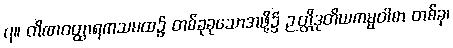
၇။ တိဏဝတ္ထာရကသမထ၌ တစ်ခုခုသောအဖို့၌ ဉတ္တိဒုတိယကမ္မဝါစာ တစ်ခု၊